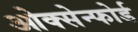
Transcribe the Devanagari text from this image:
ओक्सेन्फोर्ड